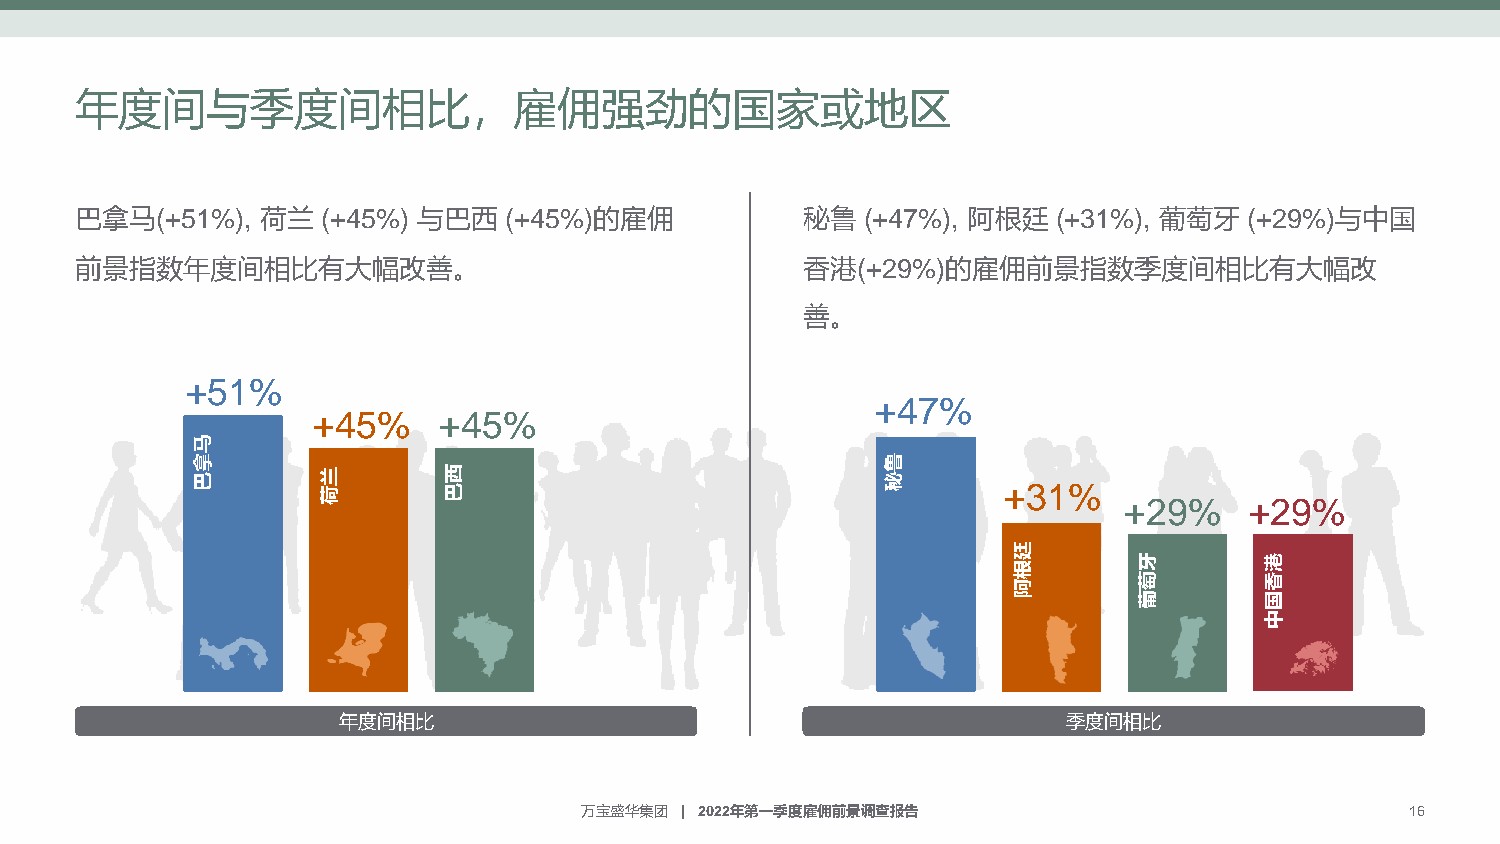
年度间与季度间相比，雇佣强劲的国家或地区
 巴拿马(+51%),  荷兰  (+45%) 与巴西  (+45%)的雇佣           秘鲁  (+47%), 阿根廷  (+31%), 葡萄牙  (+29%)与中国
 前景指数年度间相比有大幅改善。                                 香港(+29%)的雇佣前景指数季度间相比有大幅改
 善。
 +51%
 +47%
 +45%    +45%
 马
 拿                                             鲁
 巴       兰       西                             秘
 荷       巴                                    +31%
 +29%     +29%
 廷
 牙        港
 根
 萄        香
 阿
 葡        国
 中
 年度间相比                                            季度间相比
 万宝盛华集团 | 2022年第一季度雇佣前景调查报告                             16